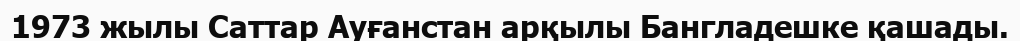
1973 жылы Саттар Ауғанстан арқылы Бангладешке қашады.